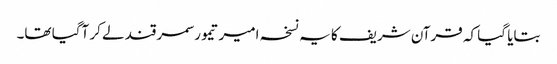
بتایا گیا کہ قرآن شریف کا یہ نسخہ امیر تیمور سمرقند لے کر آگیا تھا۔